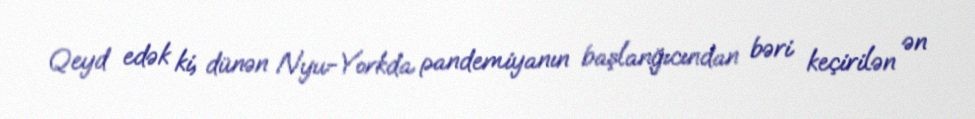
Qeyd edək ki, dünən Nyu-Yorkda pandemiyanın başlanğıcından bəri keçirilən ən